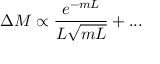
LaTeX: \Delta M \propto \frac { e ^ { - m L } } { L \sqrt { m L } } + . . .